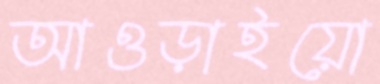
আওড়াইয়ো